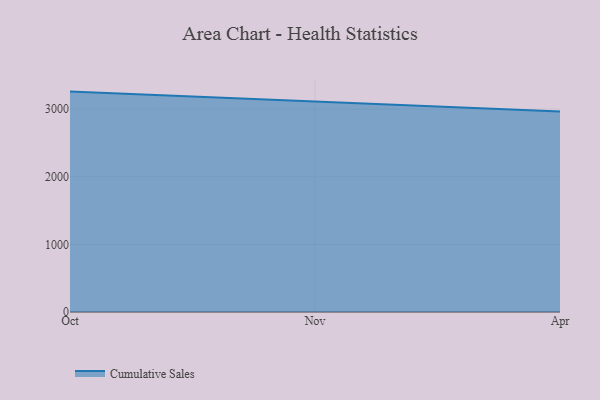
{"axis": {"x": "Month", "y": "Budget (USD K)"}, "legend": ["Cumulative Sales"], "data": [{"x": "Oct", "y": 3259.2, "type": "Cumulative Sales"}, {"x": "Nov", "y": 3113.2, "type": "Cumulative Sales"}, {"x": "Apr", "y": 2965.8, "type": "Cumulative Sales"}]}